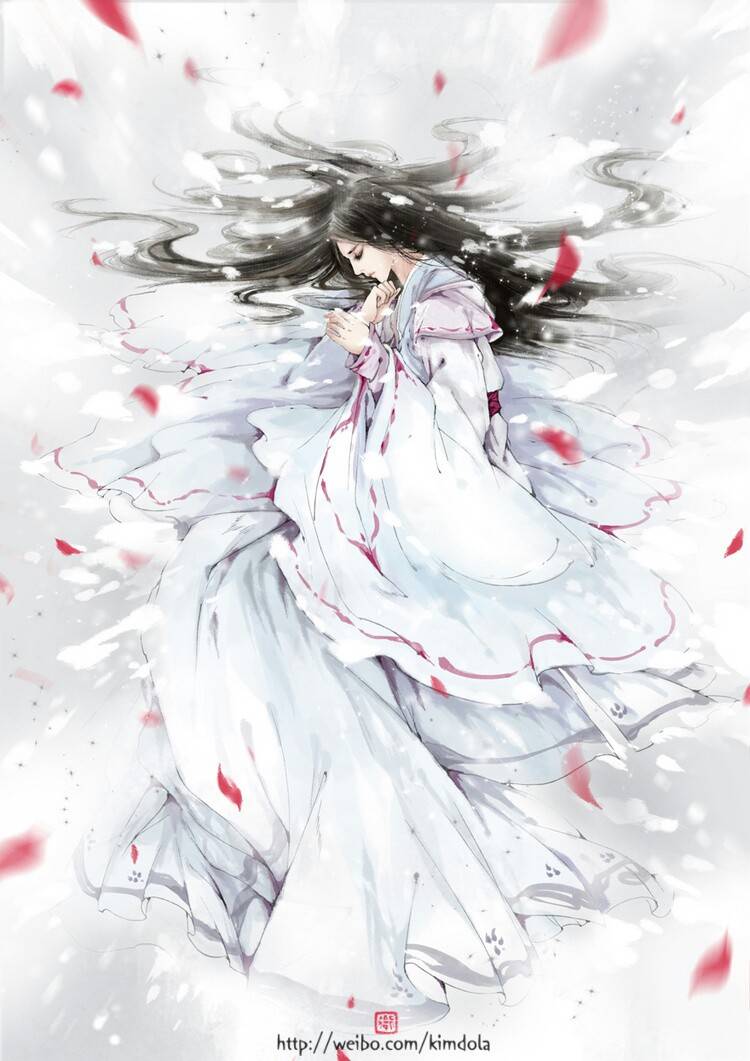
垆边人似月，皓腕凝霜雪。